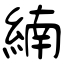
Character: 䋻